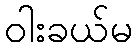
ဝါးခယ်မ